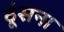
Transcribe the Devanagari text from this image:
ठूंसना